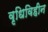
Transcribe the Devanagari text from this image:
वृधिविहीन